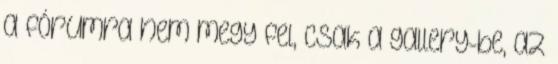
a fórumra nem megy fel, csak a gallery-be, az